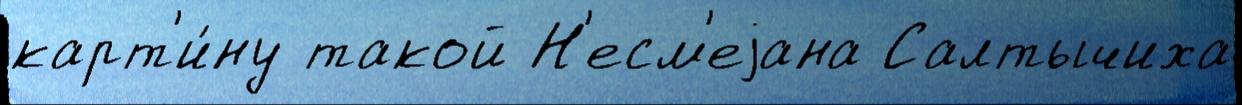
карт'и́ну такой Н'есм'еjана Салтычиха